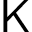
\mathsf { K }